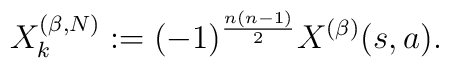
X_k^{(\beta,N)} := (-1)^{\frac{n(n-1)}{2}}X^{(\beta)}(s,a).